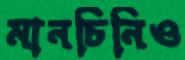
মানচিনিও